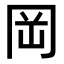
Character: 岡